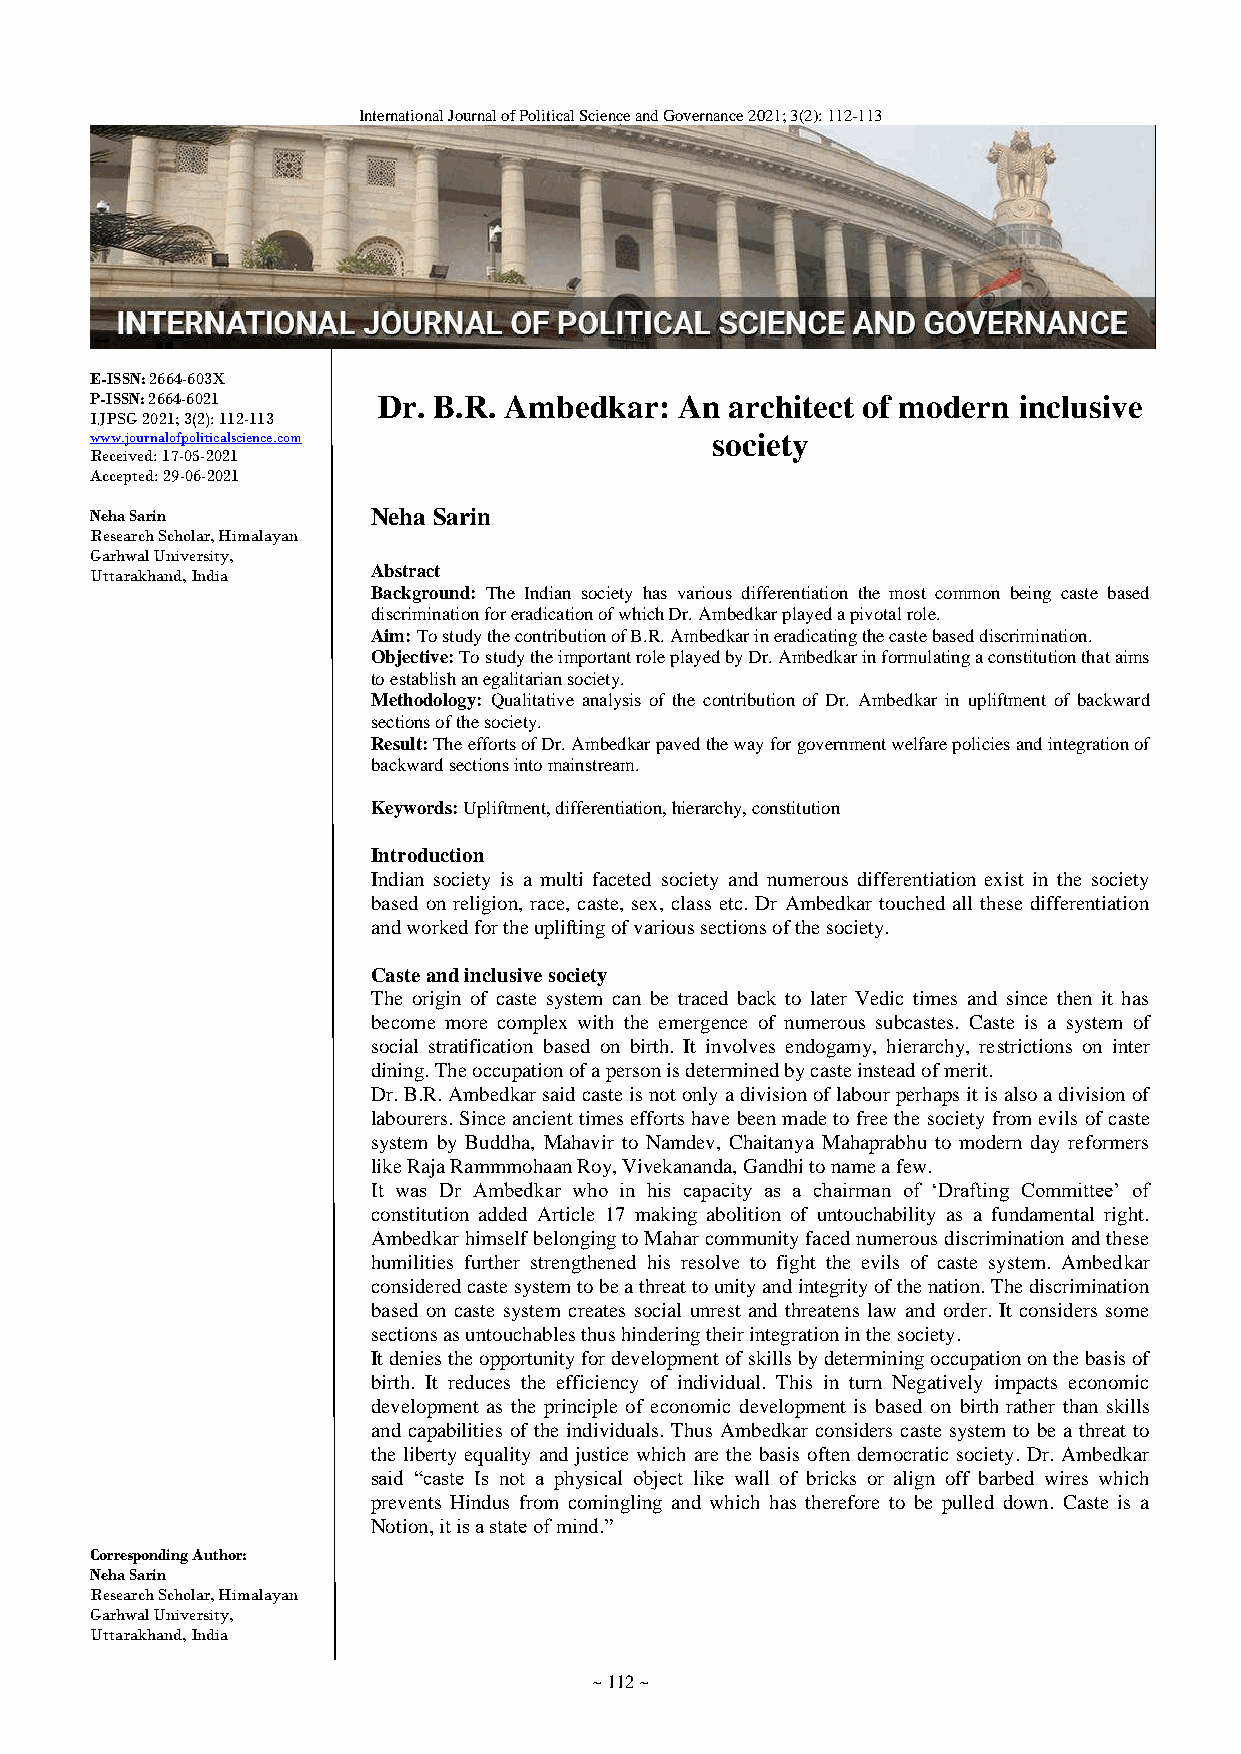
International Journal of Political Science and Governance 2021; 3(2): 112-113
 E-ISSN: 2664-603X
 P-ISSN: 2664-6021  Dr. B.R. Ambedkar:  An architect of modern inclusive
 IJPSG 2021; 3(2): 112-113
 www.journalofpoliticalscience.com        society
 Received: 17-05-2021
 Accepted: 29-06-2021
 Neha Sarin         Neha Sarin
 Research Scholar, Himalayan
 Garhwal University,
 Uttarakhand, India Abstract
 Background: The Indian society has various differentiation the most common being caste based
 discrimination for eradication of which Dr. Ambedkar played a pivotal role.
 Aim: To study the contribution of B.R. Ambedkar in eradicating the caste based discrimination.
 Objective: To study the important role played by Dr. Ambedkar in formulating a constitution that aims
 to establish an egalitarian society.
 Methodology: Qualitative analysis of the contribution of Dr. Ambedkar in upliftment of backward
 sections of the society.
 Result: The efforts of Dr. Ambedkar paved the way for government welfare policies and integration of
 backward sections into mainstream.
 Keywords: Upliftment, differentiation, hierarchy, constitution
 Introduction
 Indian society is a multi faceted society and numerous differentiation exist in the society
 based on religion, race, caste, sex, class etc. Dr Ambedkar touched all these differentiation
 and worked for the uplifting of various sections of the society.
 Caste and inclusive society
 The origin of caste system can be traced back to later Vedic times and since then it has
 become more complex with the emergence of numerous subcastes. Caste is a system of
 social stratification based on birth. It involves endogamy, hierarchy, restrictions on inter
 dining. The occupation of a person is determined by caste instead of merit.
 Dr. B.R. Ambedkar said caste is not only a division of labour perhaps it is also a division of
 labourers. Since ancient times efforts have been made to free the society from evils of caste
 system by Buddha, Mahavir to Namdev, Chaitanya Mahaprabhu to modern day reformers
 like Raja Rammmohaan Roy, Vivekananda, Gandhi to name a few.
 It was Dr Ambedkar who in his capacity as a chairman of ‘Drafting Committee’ of
 constitution added Article 17 making abolition of untouchability as a fundamental right.
 Ambedkar himself belonging to Mahar community faced numerous discrimination and these
 humilities further strengthened his resolve to fight the evils of caste system. Ambedkar
 considered caste system to be a threat to unity and integrity of the nation. The discrimination
 based on caste system creates social unrest and threatens law and order. It considers some
 sections as untouchables thus hindering their integration in the society.
 It denies the opportunity for development of skills by determining occupation on the basis of
 birth. It reduces the efficiency of individual. This in turn Negatively impacts economic
 development as the principle of economic development is based on birth rather than skills
 and capabilities of the individuals. Thus Ambedkar considers caste system to be a threat to
 the liberty equality and justice which are the basis often democratic society. Dr. Ambedkar
 said “caste Is not a physical object like wall of bricks or align off barbed wires which
 prevents Hindus from comingling and which has therefore to be pulled down. Caste is a
 Notion, it is a state of mind.”
 Corresponding Author:
 Neha Sarin
 Research Scholar, Himalayan
 Garhwal University,
 Uttarakhand, India
 ~ 112 ~